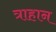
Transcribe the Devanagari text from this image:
त्राहान